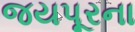
જયપૂરના